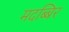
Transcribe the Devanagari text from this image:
मदब्बिर